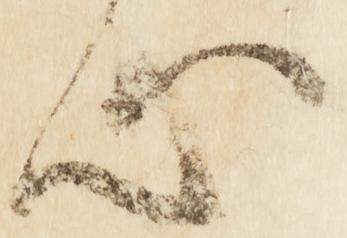
心